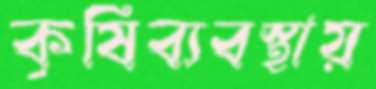
কৃষিব্যবস্থায়